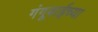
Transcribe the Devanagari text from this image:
गंगूबाईच्या